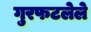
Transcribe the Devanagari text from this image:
गुरफटलेले